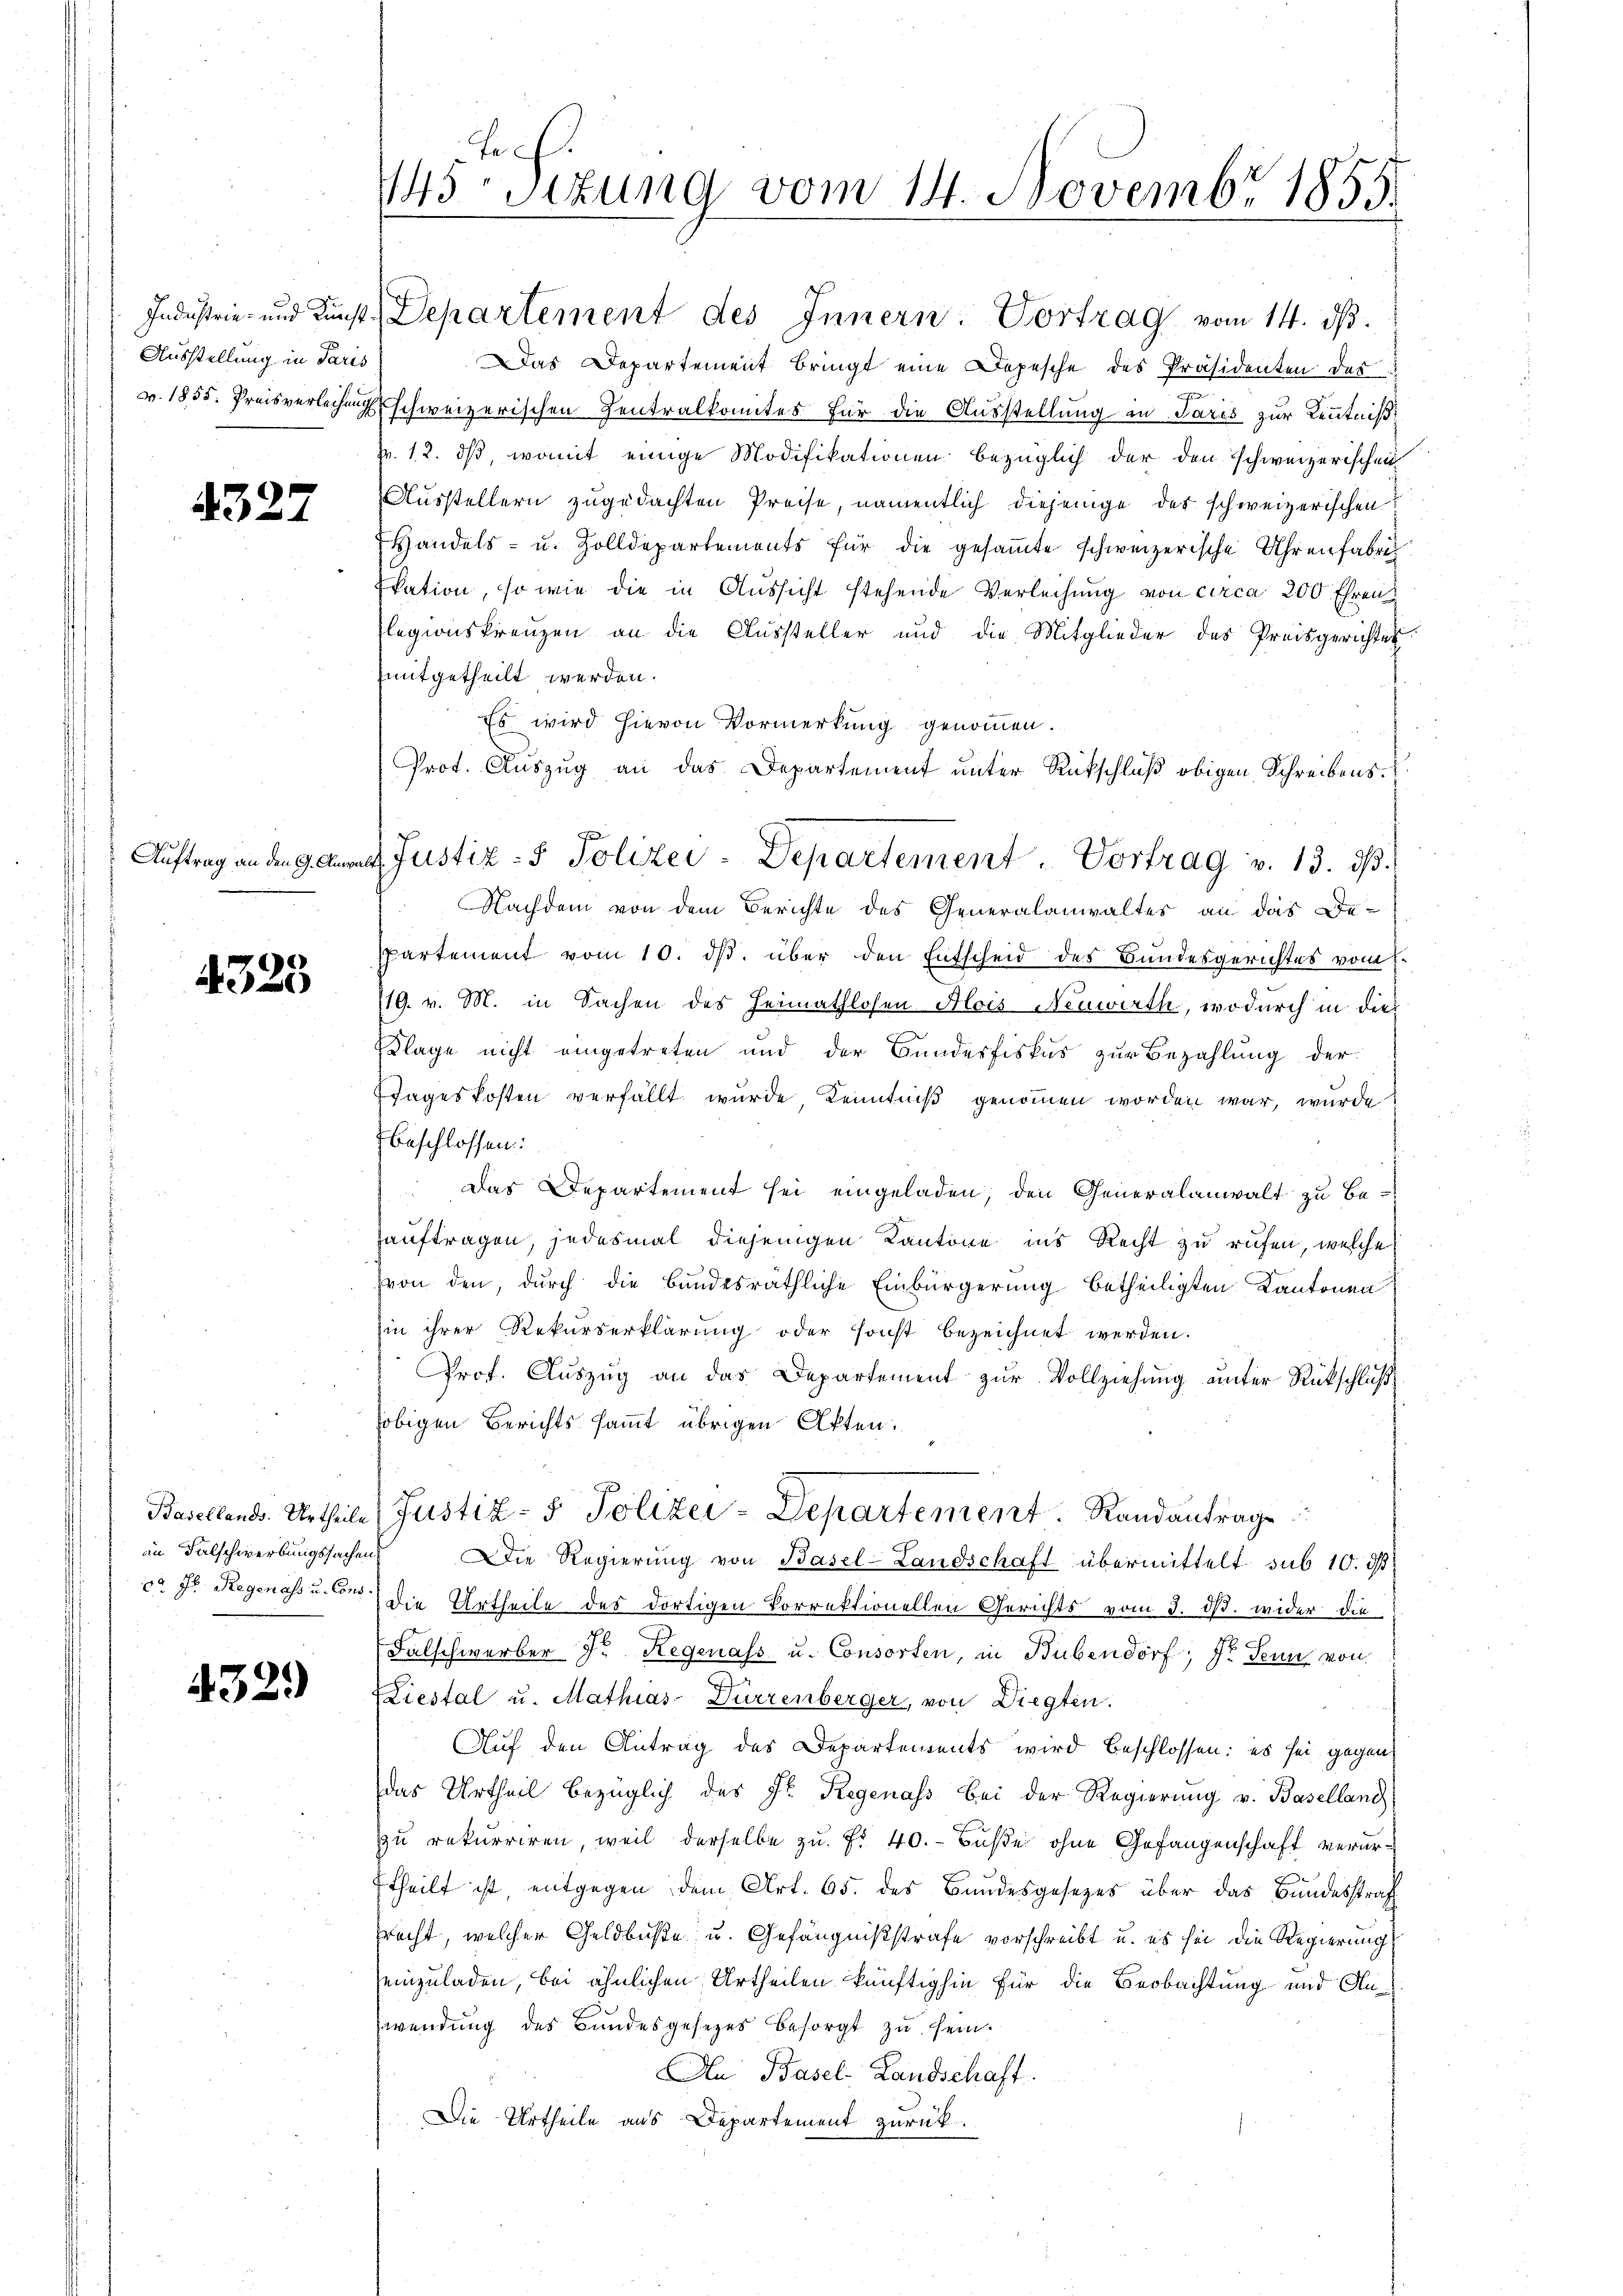
Ausstellung in Paris

43.

7

4325

4329

Auftrag an den 9. Augus

145 Sizung vom 14. Novembr 1855.

Industrie- und Kunst, Departement des Innern. Vortrag vom 14. ds.
Das Departement bringt eine Depesche des Präsidenten des

v. 1855. Preisverleihung schweizerischen Zentralkomites für die Ausstellung in Paris zur Kenntniß
pr. 12. ds, womit einige Modifikationen bezüglich der den schweizerischen
Ausstellern zugedachten Preise, namentlich diejenige des schweizerischen
Handels- u. Zolldepartements für die gesaṁte schweizerische Uhrenfabri
Ekation, so wie die in Aussicht stehende Verleihung von circa 200 Ehren
Elegionskreuzen an die Aussteller und die Mitglieder des Preisgerichtes
mitgetheilt werden.
Es wird hievon Vormerkung genommen.
Prot. Auszug an das Departement unter Rückschluß obigen Schreibens
Nachdem von dem Berichte des Generalanwaltes an das De-
Ppartement vom 10. ds. über den Entscheid des Bundesgerichtes vom 6.
119. v. M. in Sachen des Heimathlosen Alois Neuwirth, wodurch in die
Klage nicht eingetreten und der Bunderfiskus zur Bezahlung der
Tages kosten verfällt wurde Kenntniß genommen worden war, wurde
beschlossen:
Das Departement sei eingeladen, den Generalanwalt zu Be¬
Zauftragen, jedesmal diejenigen Kantone ins Recht zu rufen, welche
von den, durch die Bundesräthliche Einbürgerung betheiligten Kantonen
sin ihrer Rekurserklärung oder sonst bezeichnet werden.
Prof. Auszug an das Departement zur Vollziehung unter Rückschluß
obigen Berichts sammt übrigen Akten.
Basellends. Urtheile (Justiz- & Polizei-Departement. Randantrage
in Falschwerbungssachen Die Regierŭng von Basel-Landschaft übermittelt sub 10. ds
ca Fr. Regenoss u. An die Urtheile des dortigen Vorrektionellen Gerichts vom 3. ds. wider die
Falschwerber dr Regenass u. Consorten, in Bubendorf; dr Fenne von
LLiestal u. Mathias- Dürrenberger, von Diegten.
Auf den Antrag des Departements wird beschlossen: es sei gegendas Urtheil bezüglich des Fr. Regenass bei der Regierŭng v. Baselland
zu rekurriren, weil derselbe zu Fr. 40. - Buße ohne Gefangenschaft verurtheilt ist, entgegen dem Art. 65. des Bundesgesetzes über das Bundesstraf
rracht, welcher Geldbuße u. Gefängnißstrafe vorschreibt u. es sei die Regierung
einzuladen, bei ähnlichen Urtheilen künftighin für die Beobachtung und Anwendung des Bundesgesetzes besorgt zu sein.
An Basel-Landschaft
Die Urtheile aus Departement zurück¬

4. Justiz- & Polizei-Departement. Vortrag v. 13. ds.